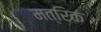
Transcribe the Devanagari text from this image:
मत्रिक